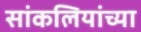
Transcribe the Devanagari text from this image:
सांकलियांच्या